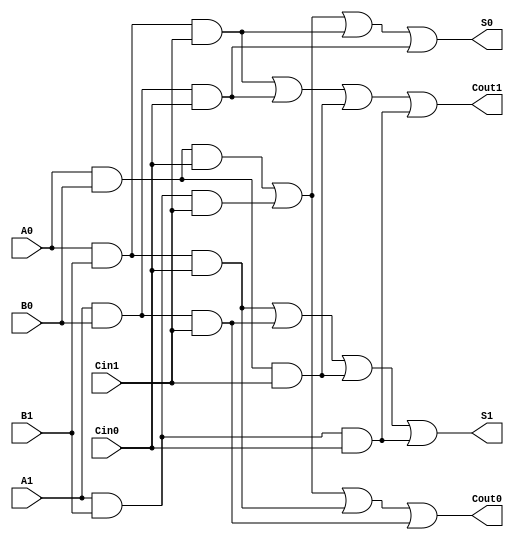
module dual_rail_full_adder (
    input wire A0, A1,  // Dual-rail input for A
    input wire B0, B1,  // Dual-rail input for B
    input wire Cin0, Cin1, // Dual-rail input for carry-in
    output wire S0, S1,  // Dual-rail output for Sum
    output wire Cout0, Cout1 // Dual-rail output for Carry-out
);

// Sum logic
assign S0 = (A0 & B0 & Cin0) | (A1 & B1 & Cin1) | (A0 & B1 & Cin1) | (A1 & B0 & Cin0);
assign S1 = (A0 & B1 & Cin0) | (A1 & B0 & Cin1) | (A0 & B0 & Cin1) | (A1 & B1 & Cin0);

// Carry-out logic
assign Cout0 = (A0 & B0 & Cin0) | (A1 & B1 & Cin1) | (A0 & B1 & Cin0) | (A1 & B0 & Cin1);
assign Cout1 = (A0 & B1 & Cin1) | (A1 & B0 & Cin0) | (A0 & B0 & Cin1) | (A1 & B1 & Cin0);

endmodule